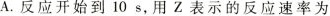
A.反应开始到10s，用Z表示的反应速率为